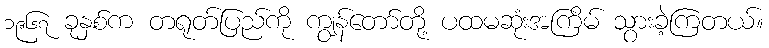
၁၉၆၇ ခုနှစ်က တရုတ်ပြည်ကို ကျွန်တော်တို့ ပထမဆုံးအကြိမ် သွားခဲ့ကြတယ်။